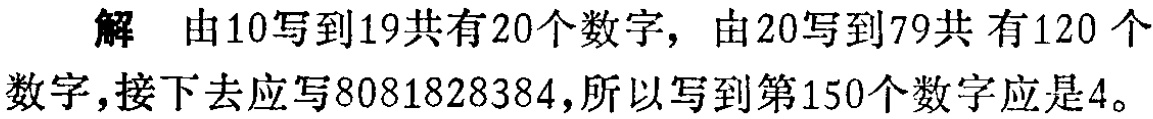
解 由10写到19共有20个数字，由20写到79共 有120 个数字，接下去应写8081828384，所以写到第150个数字应是4。